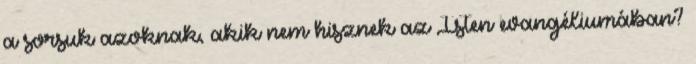
a sorsuk azoknak, akik nem hisznek az Isten evangéliumában?